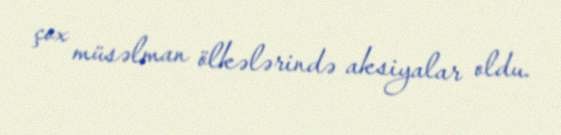
çox müsəlman ölkələrində aksiyalar oldu.